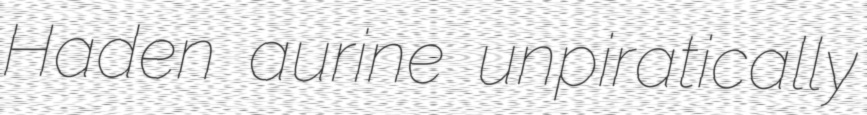
Haden aurine unpiratically